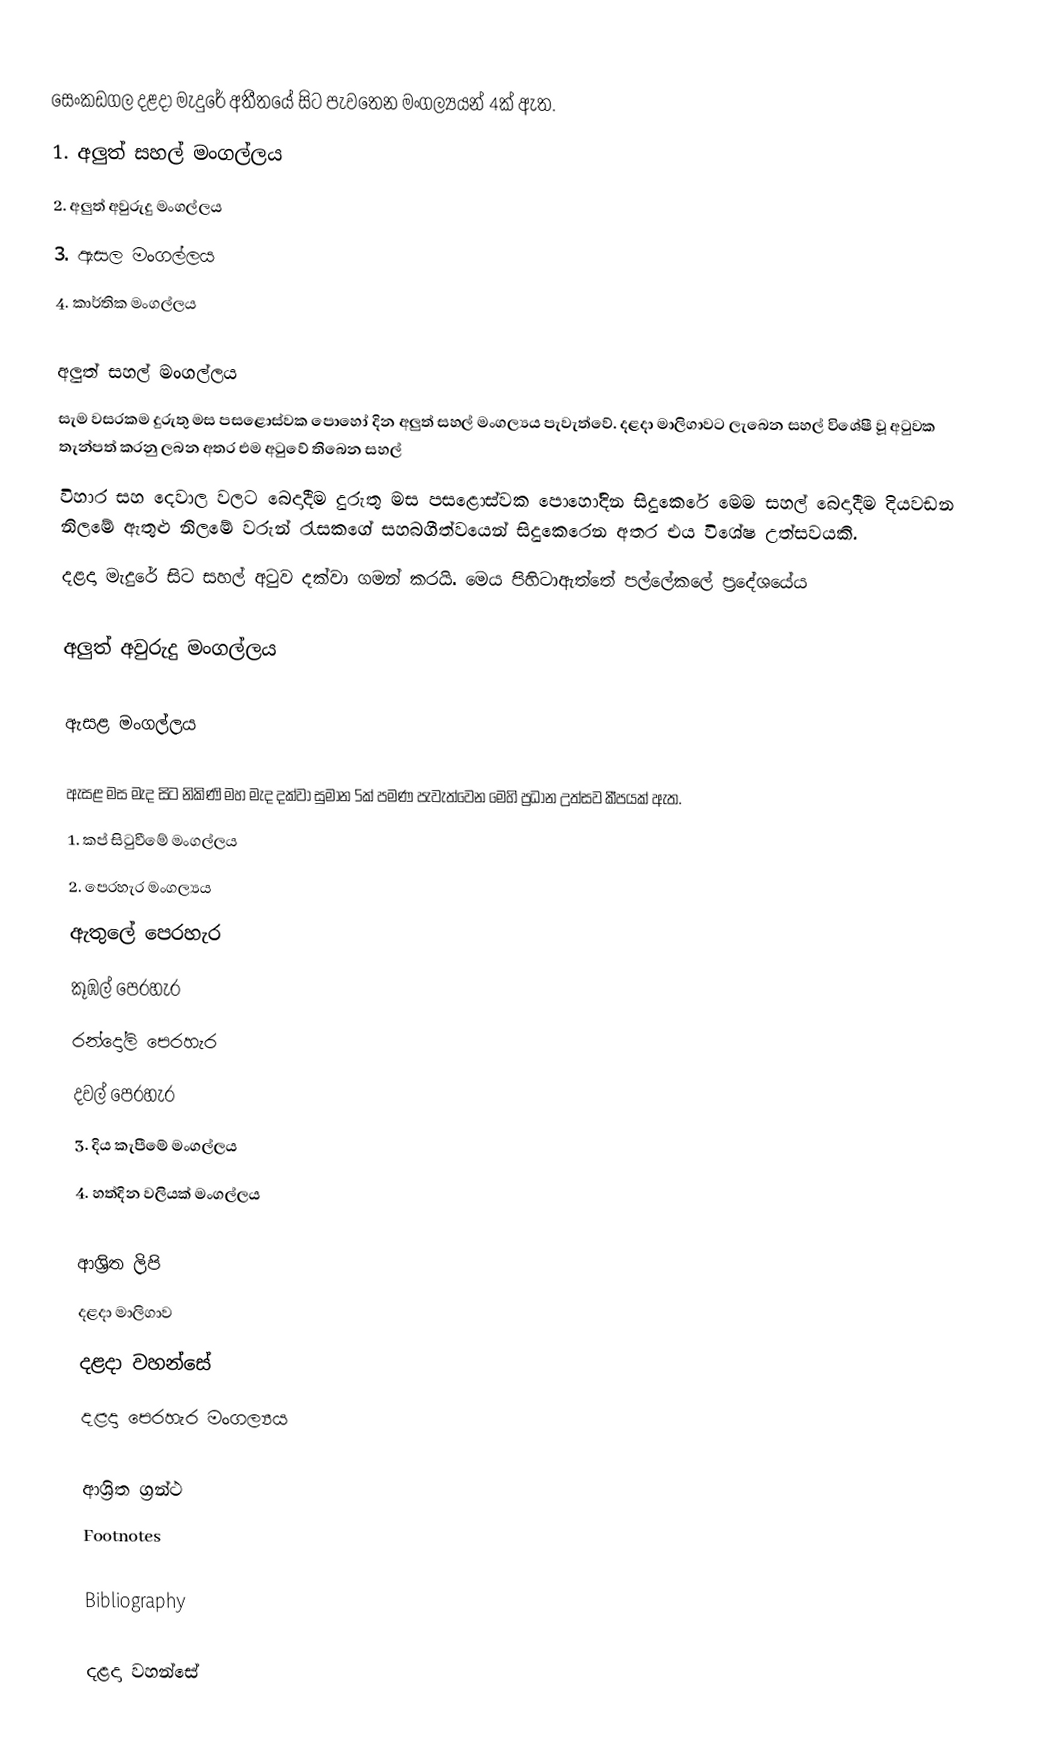
සෙංකඩගල දළදා මැදුරේ අතීතයේ සිට පැවතෙන මංගල්‍යයන් 4ක් ඇත.
1. අලුත් සහල් මංගල්ලය
2. අලුත් අවුරුදු මංගල්ලය
3. ඇසල මංගල්ලය
4. කාර්තික මංගල්ලය

අලුත් සහල් මංගල්ලය
සැම වසරකම  දුරුතු මස පසළොස්වක පොහෝ දින අලුත් සහල් මංගල්‍යය පැවැත්වේ. දළදා මාලිගාවට ලැබෙන සහල් විශේෂී වූ අටුවක තැන්පත් කරනු ලබන අතර එම අටුවේ තිබෙන සහල්
විහාර සහ දෙවාල වලට බෙදාදීම දුරුතු මස පසළොස්වක පොහෝදින සිදුකෙරේ මෙම සහල් බෙදාදීම දියවඩන නිලමේ ඇතුළු නිලමේ වරුන් රැසකගේ සහබගීත්වයෙන් සිදුකෙරෙන අතර එය විශේෂ උත්සවයකි.
දළදා මැදුරේ සිට සහල් අටුව දක්වා ගමන් කරයි. මෙය පිහිටාඇත්තේ පල්ලේකලේ ප්‍රදේශයේය

අලුත් අවුරුදු මංගල්ලය

ඇසළ මංගල්ලය

ඇසළ මස මැද සිට නිකිණි මහ මැද දක්වා සුමාන 5ක් පමණ පැවැත්වෙන මෙහි ප්‍රධාන උත්සව කීපයක් ඇත.
1. කප් සිටුවීමේ මංගල්ලය
2. පෙරහැර මංගල්‍යය
ඇතුලේ පෙරහැර
 කූඹල් පෙරහැර
 රන්දෝලි පෙරහැර
 දවල් පෙරහැර
3. දිය කැපීමේ මංගල්ලය
4. හත්දින වලියක් මංගල්ලය

ආශ්‍රිත ලිපි
 දළදා මාලිගාව
 දළදා වහන්සේ
 දළදා පෙරහැර මංගල්‍යය

ආශ්‍රිත ග්‍රන්ථ
Footnotes

Bibliography

දළදා වහන්සේ